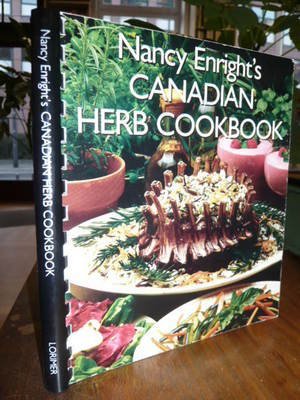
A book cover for Nancy Enright's Canadian Herb Cookbook; Nancy Enright; Cookbooks, Food & Wine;